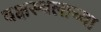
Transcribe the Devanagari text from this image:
वक्षस्थलाच्या